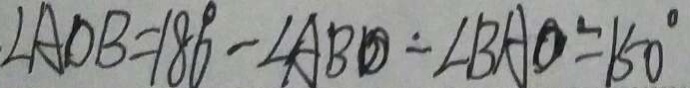
\angle A O B = 1 8 0 ^ { \circ } - \angle A B O \dot { - } \angle B A O = 1 5 0 ^ { \circ }